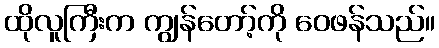
ထိုလူကြီးက ကျွန်တော့်ကို ဝေဖန်သည်။